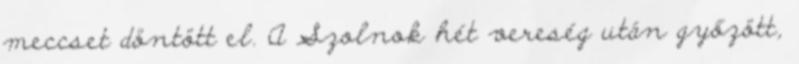
meccset döntött el. A Szolnok hét vereség után győzött,